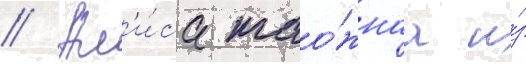
// Ал'и́са тао́жнаа и́з